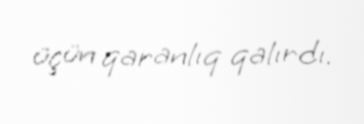
üçün qaranlıq qalırdı.